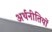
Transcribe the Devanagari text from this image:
अर्थनीतियों